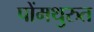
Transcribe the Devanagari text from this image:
पोंमथुरुत